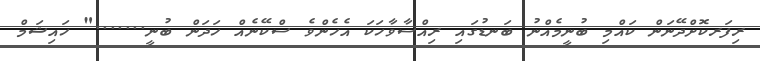
ރިފަރކޮށްދޭނަން ކައްމި ބުނީމެއްނު ބަނޑުގައި ރިއްސާވާހަކަ އެހެންވެ ސްކޭނެއް ހަދަން ބުނީ......." ހައިޝަމް